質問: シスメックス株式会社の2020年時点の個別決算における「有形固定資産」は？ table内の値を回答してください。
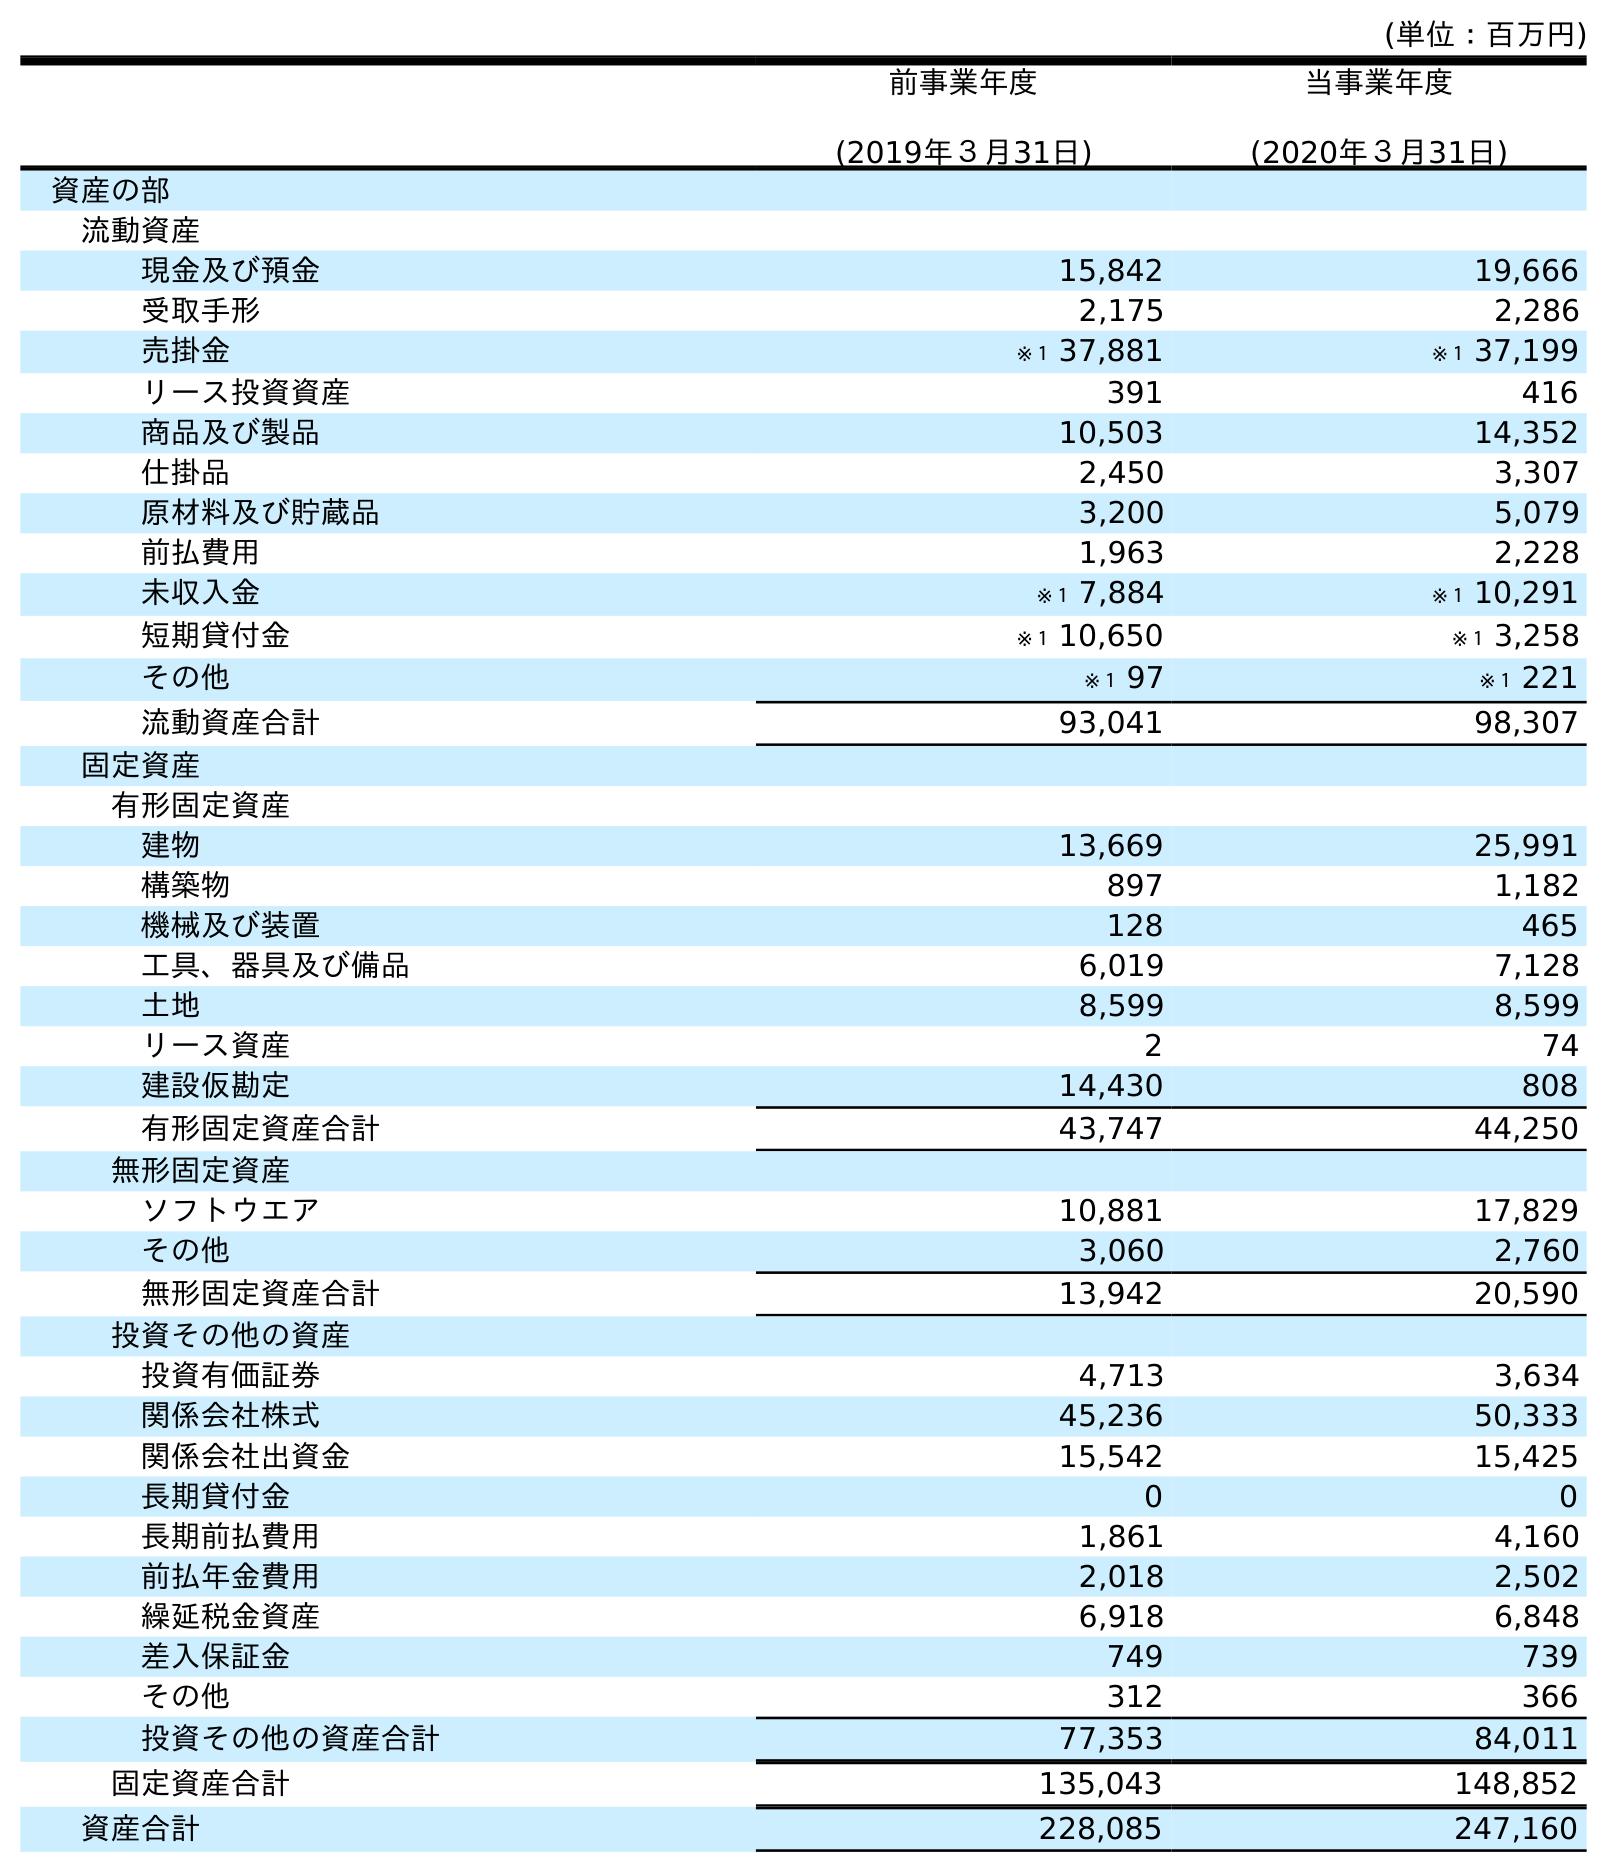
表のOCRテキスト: (単位：百万円) 前事業年度 (2019年３月31日) 当事業年度 (2020年３月31日) 資産の部 流動資産 現金及び預金 15,842 19,666 受取手形 2,175 2,286 売掛金 ※１ 37,881 ※１ 37,199 リース投資資産 391 416 商品及び製品 10,503 14,352 仕掛品 2,450 3,307 原材料及び貯蔵品 3,200 5,079 前払費用 1,963 2,228 未収入金 ※１ 7,884 ※１ 10,291 短期貸付金 ※１ 10,650 ※１ 3,258 その他 ※１ 97 ※１ 221 流動資産合計 93,041 98,307 固定資産 有形固定資産 建物 13,669 25,991 構築物 897 1,182 機械及び装置 128 465 工具、器具及び備品 6,019 7,128 土地 8,599 8,599 リース資産 2 74 建設仮勘定 14,430 808 有形固定資産合計 43,747 44,250 無形固定資産 ソフトウエア 10,881 17,829 その他 3,060 2,760 無形固定資産合計 13,942 20,590 投資その他の資産 投資有価証券 4,713 3,634 関係会社株式 45,236 50,333 関係会社出資金 15,542 15,425 長期貸付金 0 0 長期前払費用 1,861 4,160 前払年金費用 2,018 2,502 繰延税金資産 6,918 6,848 差入保証金 749 739 その他 312 366 投資その他の資産合計 77,353 84,011 固定資産合計 135,043 148,852 資産合計 228,085 247,160
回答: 44,250